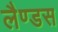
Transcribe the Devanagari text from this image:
लैण्डस